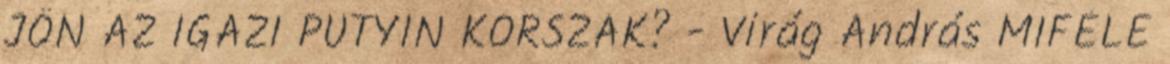
JÖN AZ IGAZI PUTYIN KORSZAK? - Virág András MIFÉLE